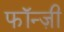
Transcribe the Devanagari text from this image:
फॉन्ज़ी